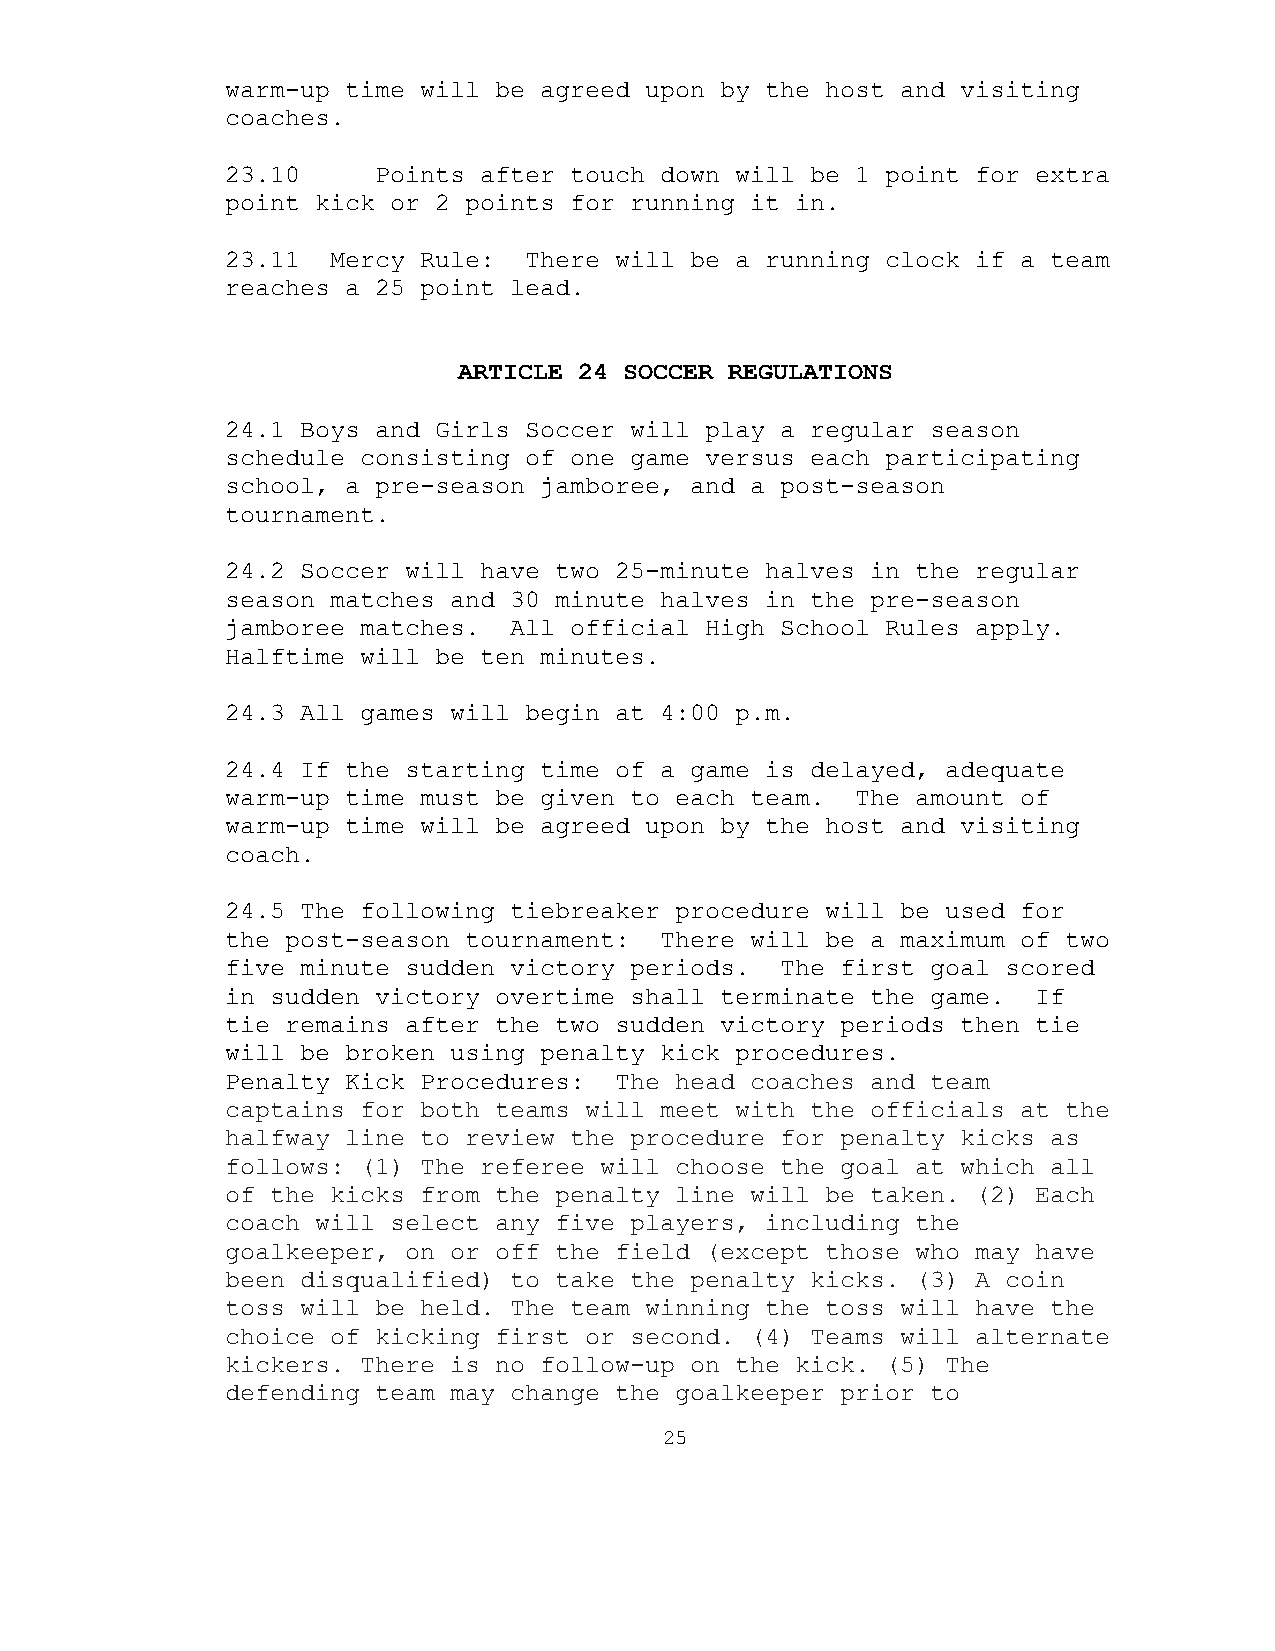
warm-up time will be agreed upon by the host and visiting
 coaches.
 23.10     Points after touch down will be 1 point for extra
 point kick or 2 points for running it in.
 23.11  Mercy Rule:  There will be a running clock if a team
 reaches a 25 point lead.
 ARTICLE 24 SOCCER REGULATIONS
 24.1 Boys and Girls Soccer will play a regular season
 schedule consisting of one game versus each participating
 school, a pre-season jamboree, and a post-season
 tournament.
 24.2 Soccer will have two 25-minute halves in the regular
 season matches and 30 minute halves in the pre-season
 jamboree matches.  All official High School Rules apply.
 Halftime will be ten minutes.
 24.3 All games will begin at 4:00 p.m.
 24.4 If the starting time of a game is delayed, adequate
 warm-up time must be given to each team.  The amount of
 warm-up time will be agreed upon by the host and visiting
 coach.
 24.5 The following tiebreaker procedure will be used for
 the post-season tournament:  There will be a maximum of two
 five minute sudden victory periods.  The first goal scored
 in sudden victory overtime shall terminate the game.  If
 tie remains after the two sudden victory periods then tie
 will be broken using penalty kick procedures.
 Penalty Kick Procedures:  The head coaches and team
 captains for both teams will meet with the officials at the
 halfway line to review the procedure for penalty kicks as
 follows: (1) The referee will choose the goal at which all
 of the kicks from the penalty line will be taken. (2) Each
 coach will select any five players, including the
 goalkeeper, on or off the field (except those who may have
 been disqualified) to take the penalty kicks. (3) A coin
 toss will be held. The team winning the toss will have the
 choice of kicking first or second. (4) Teams will alternate
 kickers. There is no follow-up on the kick. (5) The
 defending team may change the goalkeeper prior to
 25